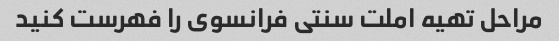
مراحل تهیه املت سنتی فرانسوی را فهرست کنید